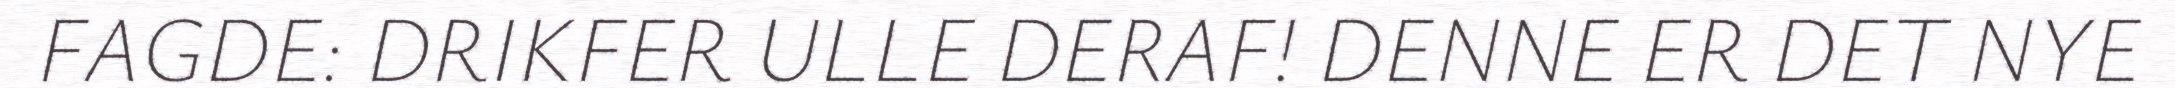
FAGDE: DRIKFER ULLE DERAF! DENNE ER DET NYE